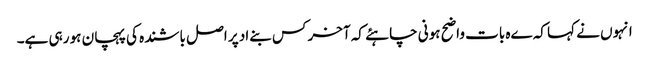
انہوں نے کہا کہ ےہ بات واضح ہونی چاہئے کہ آخر کس بنےاد پر اصل باشندہ کی پہچان ہو رہی ہے۔